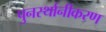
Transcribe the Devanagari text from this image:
पुनर्स्थानीकरण